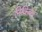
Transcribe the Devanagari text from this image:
निकिका